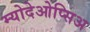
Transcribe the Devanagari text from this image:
म्योदेओप्सिअ